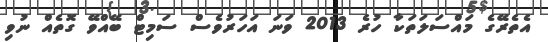
އެތެރޭގެ މައްސަލަތަކާ ހުރެ 2013 ވަނަ އަހަރުވެސް ސަމިޓް ބޭއްވޭ ގޮތެއް ނުވި